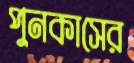
পুনকাসের